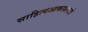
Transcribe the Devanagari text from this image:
साहित्‍यआकाशमलो